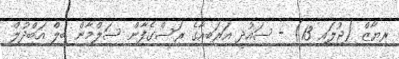
ރިޔާޒް (ޖުލައި 13) - ސައުދީ އަރަބިއާގެ ރަސްގެފާން ސަލްމާން ބިލް އަބްދުލް